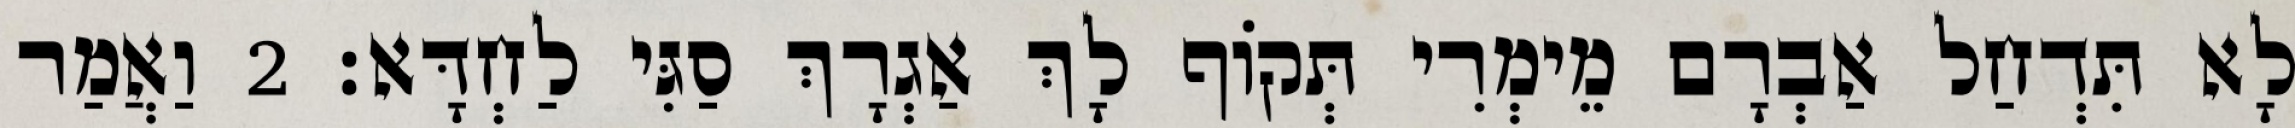
לָא תִּדְחַל אַבְרָם מֵימְרִי תְּקוֹף לָךְ אַגְרָךְ סַגִּי לַחְדָּא׃ 2 וַאֲמַר